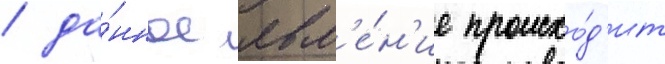
/ да́нное явл'е́н'ие происхо́д'ит